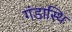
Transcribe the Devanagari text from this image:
गंडास्थि